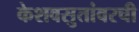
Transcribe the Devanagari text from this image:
केशवसुतांवरची